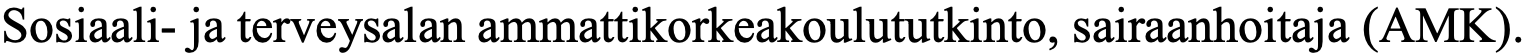
Sosiaali- ja terveysalan ammattikorkeakoulututkinto, sairaanhoitaja (AMK).